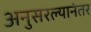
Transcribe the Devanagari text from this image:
अनुसरल्यानंतर